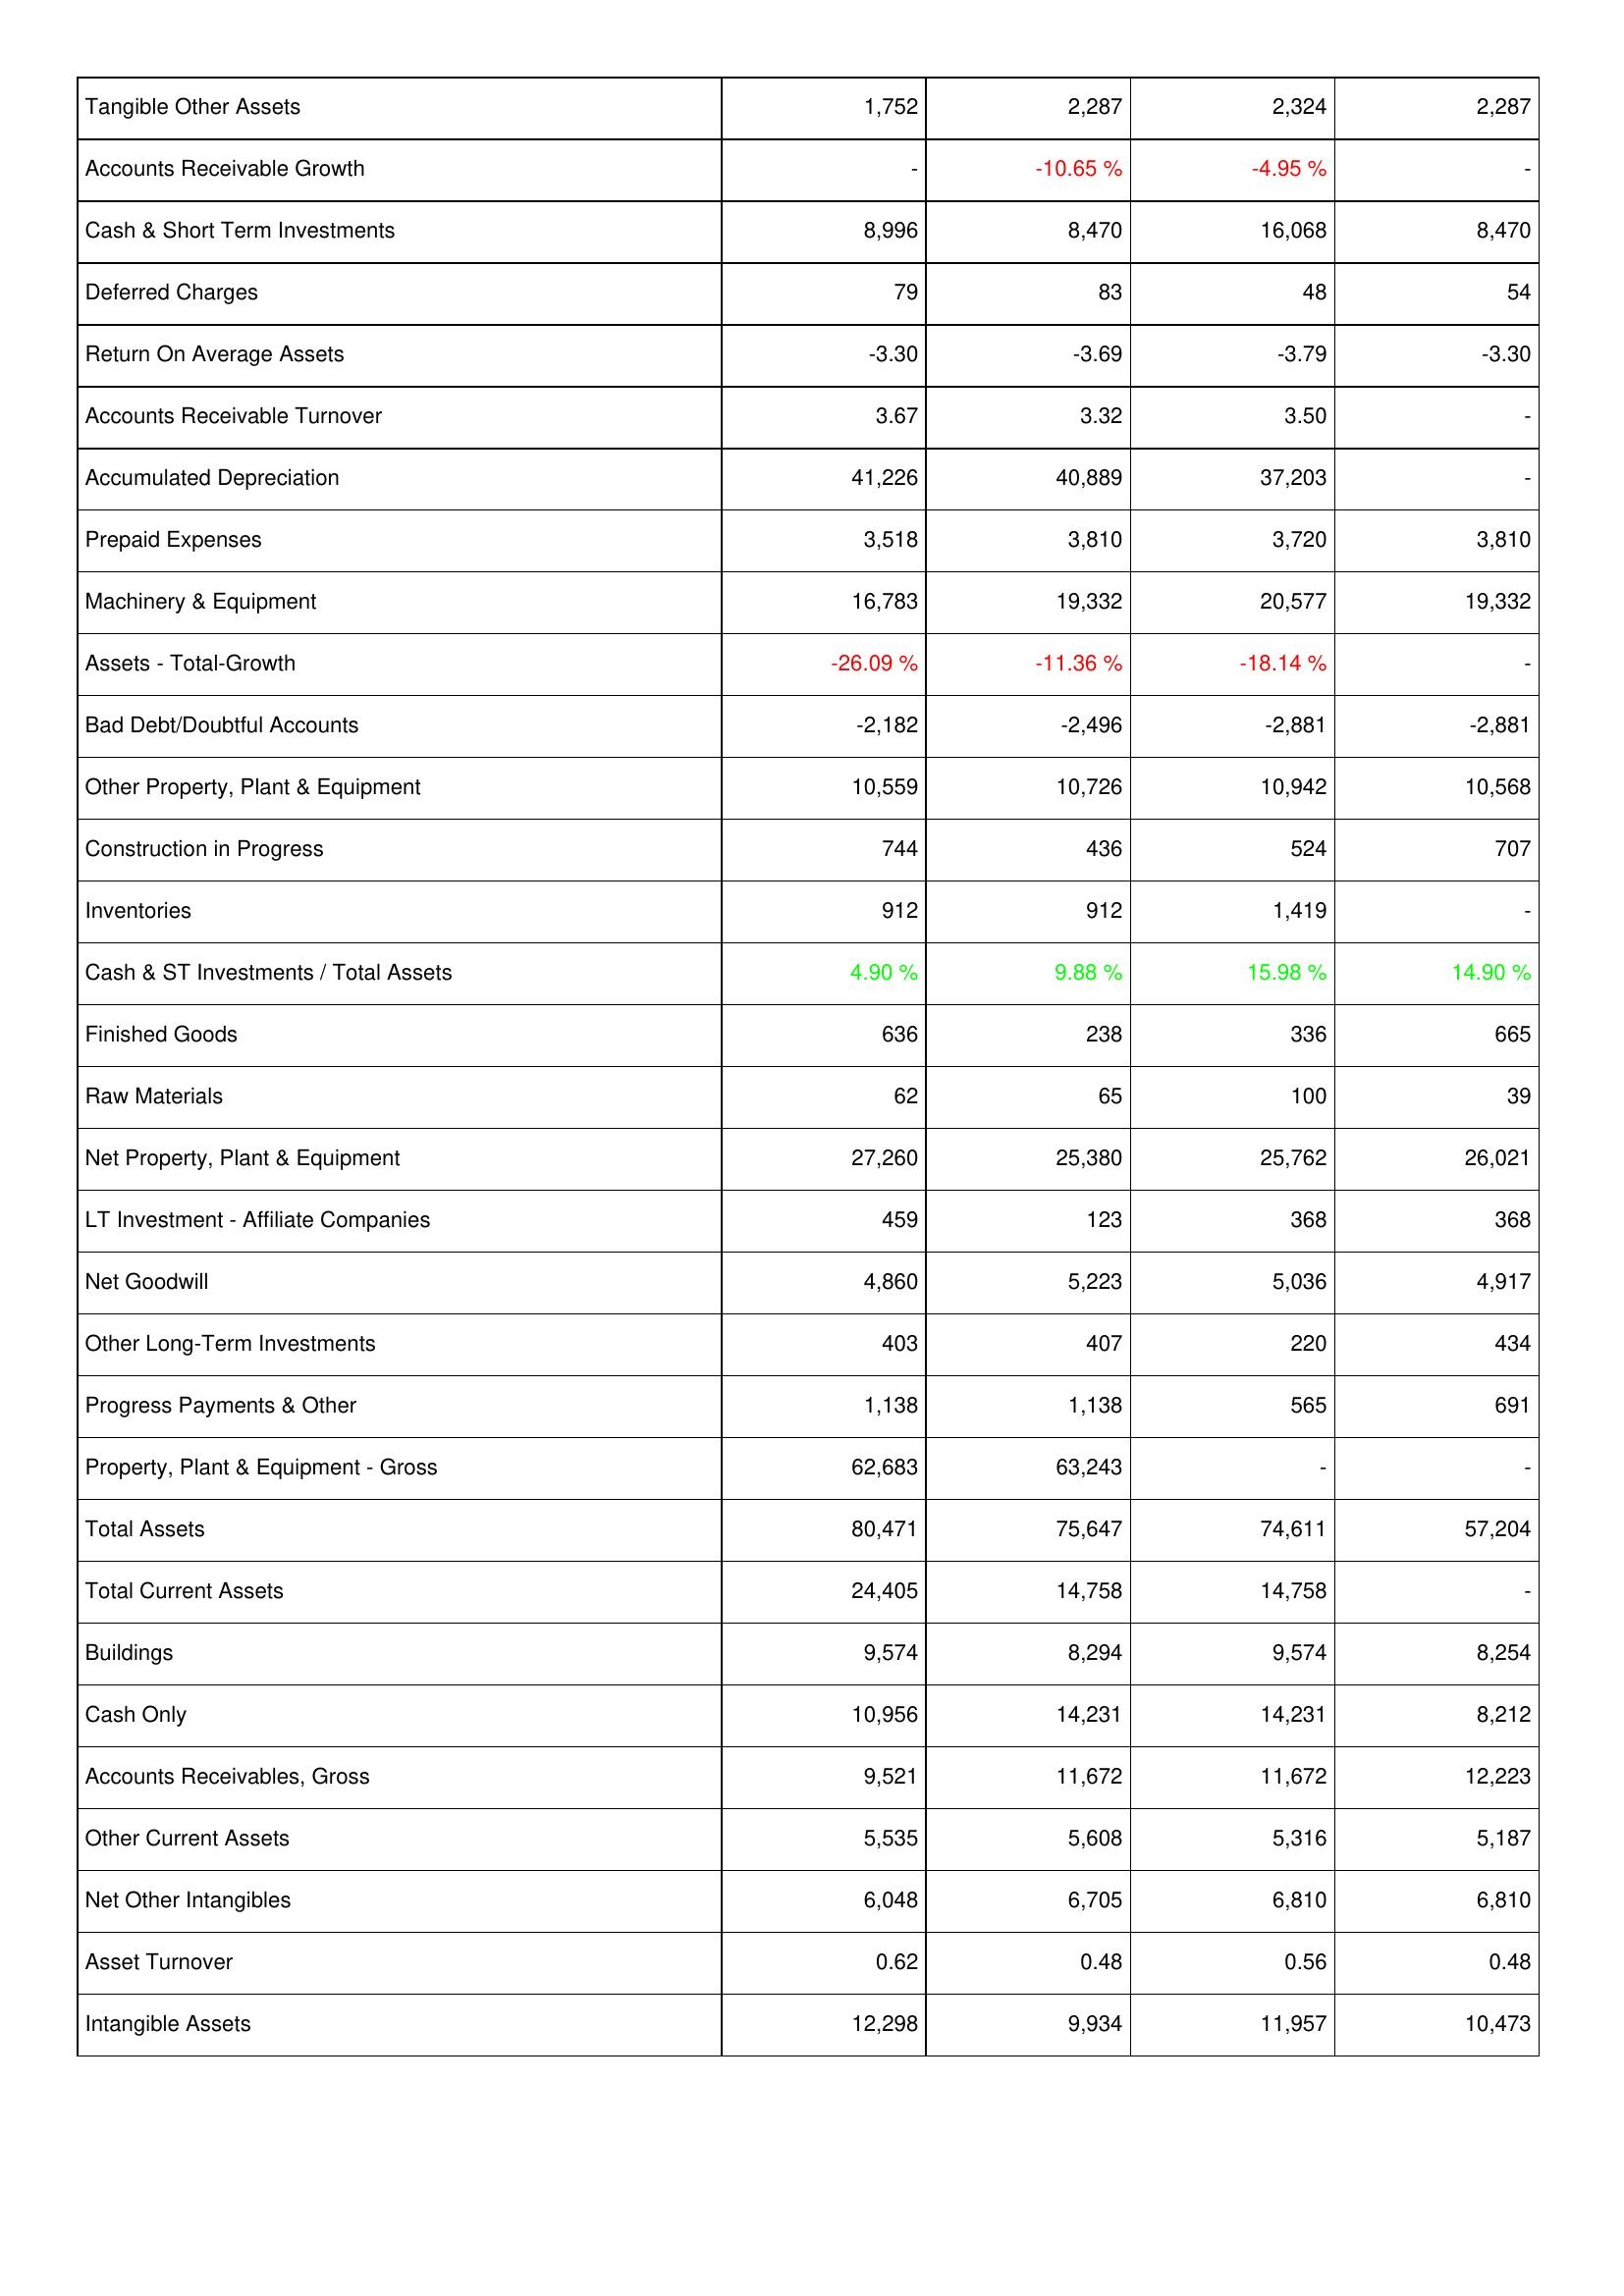
2012: Assets: Tangible Other Assets: 1,752
Accounts Receivable Growth: -
Cash & Short Term Investments: 8,996
Deferred Charges: 79
Return On Average Assets: -3.30
Accounts Receivable Turnover: 3.67
Accumulated Depreciation: 41,226
Prepaid Expenses: 3,518
Machinery & Equipment: 16,783
Assets - Total-Growth: -26.09 %
Bad Debt/Doubtful Accounts: -2,182
Other Property, Plant & Equipment: 10,559
Construction in Progress: 744
Inventories: 912
Cash & ST Investments / Total Assets: 4.90 %
Finished Goods: 636
Raw Materials: 62
Net Property, Plant & Equipment: 27,260
LT Investment - Affiliate Companies: 459
Net Goodwill: 4,860
Other Long-Term Investments: 403
Progress Payments & Other: 1,138
Property, Plant & Equipment - Gross: 62,683
Total Assets: 80,471
Total Current Assets: 24,405
Buildings: 9,574
Cash Only: 10,956
Accounts Receivables, Gross: 9,521
Other Current Assets: 5,535
Net Other Intangibles: 6,048
Asset Turnover: 0.62
Intangible Assets: 12,298
2011: Assets: Tangible Other Assets: 2,287
Accounts Receivable Growth: -10.65 %
Cash & Short Term Investments: 8,470
Deferred Charges: 83
Return On Average Assets: -3.69
Accounts Receivable Turnover: 3.32
Accumulated Depreciation: 40,889
Prepaid Expenses: 3,810
Machinery & Equipment: 19,332
Assets - Total-Growth: -11.36 %
Bad Debt/Doubtful Accounts: -2,496
Other Property, Plant & Equipment: 10,726
Construction in Progress: 436
Inventories: 912
Cash & ST Investments / Total Assets: 9.88 %
Finished Goods: 238
Raw Materials: 65
Net Property, Plant & Equipment: 25,380
LT Investment - Affiliate Companies: 123
Net Goodwill: 5,223
Other Long-Term Investments: 407
Progress Payments & Other: 1,138
Property, Plant & Equipment - Gross: 63,243
Total Assets: 75,647
Total Current Assets: 14,758
Buildings: 8,294
Cash Only: 14,231
Accounts Receivables, Gross: 11,672
Other Current Assets: 5,608
Net Other Intangibles: 6,705
Asset Turnover: 0.48
Intangible Assets: 9,934
2010: Assets: Tangible Other Assets: 2,324
Accounts Receivable Growth: -4.95 %
Cash & Short Term Investments: 16,068
Deferred Charges: 48
Return On Average Assets: -3.79
Accounts Receivable Turnover: 3.50
Accumulated Depreciation: 37,203
Prepaid Expenses: 3,720
Machinery & Equipment: 20,577
Assets - Total-Growth: -18.14 %
Bad Debt/Doubtful Accounts: -2,881
Other Property, Plant & Equipment: 10,942
Construction in Progress: 524
Inventories: 1,419
Cash & ST Investments / Total Assets: 15.98 %
Finished Goods: 336
Raw Materials: 100
Net Property, Plant & Equipment: 25,762
LT Investment - Affiliate Companies: 368
Net Goodwill: 5,036
Other Long-Term Investments: 220
Progress Payments & Other: 565
Property, Plant & Equipment - Gross: -
Total Assets: 74,611
Total Current Assets: 14,758
Buildings: 9,574
Cash Only: 14,231
Accounts Receivables, Gross: 11,672
Other Current Assets: 5,316
Net Other Intangibles: 6,810
Asset Turnover: 0.56
Intangible Assets: 11,957
2009: Assets: Tangible Other Assets: 2,287
Accounts Receivable Growth: -
Cash & Short Term Investments: 8,470
Deferred Charges: 54
Return On Average Assets: -3.30
Accounts Receivable Turnover: -
Accumulated Depreciation: -
Prepaid Expenses: 3,810
Machinery & Equipment: 19,332
Assets - Total-Growth: -
Bad Debt/Doubtful Accounts: -2,881
Other Property, Plant & Equipment: 10,568
Construction in Progress: 707
Inventories: -
Cash & ST Investments / Total Assets: 14.90 %
Finished Goods: 665
Raw Materials: 39
Net Property, Plant & Equipment: 26,021
LT Investment - Affiliate Companies: 368
Net Goodwill: 4,917
Other Long-Term Investments: 434
Progress Payments & Other: 691
Property, Plant & Equipment - Gross: -
Total Assets: 57,204
Total Current Assets: -
Buildings: 8,254
Cash Only: 8,212
Accounts Receivables, Gross: 12,223
Other Current Assets: 5,187
Net Other Intangibles: 6,810
Asset Turnover: 0.48
Intangible Assets: 10,473